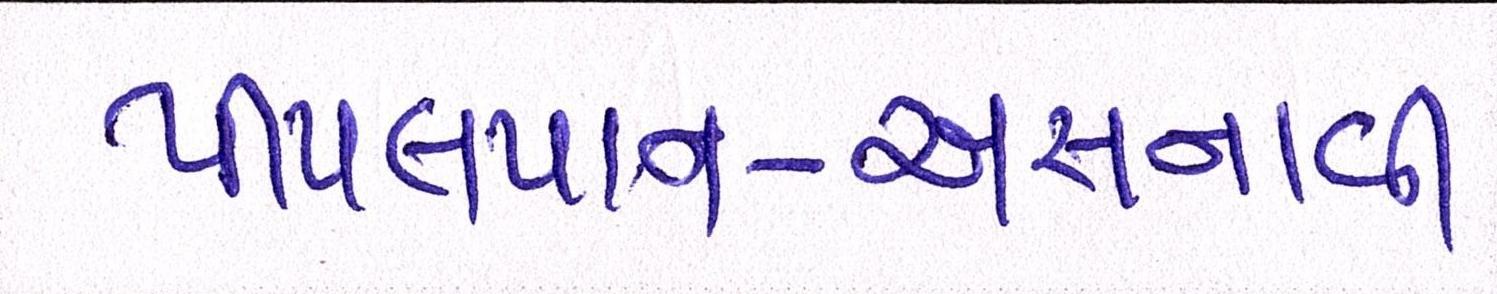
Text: પીપલપાન-અસનાવી